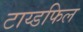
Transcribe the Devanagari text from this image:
टाय्डफिल